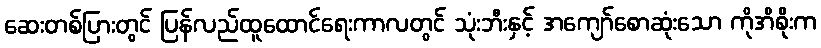
ဆေးတစ်ပြားတွင် ပြန်လည်ထူထောင်ရေးကာလတွင် သုံးဘီးနှင့် အကျော်စောဆုံးသော ကိုအိစိုးက